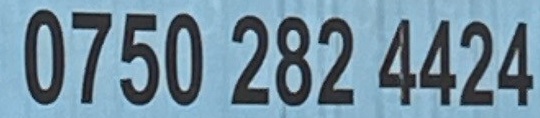
0750 282 4424